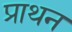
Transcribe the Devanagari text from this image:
प्राथन